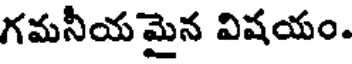
గమనీయమైన విషయం.